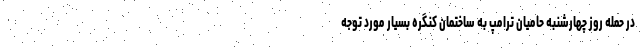
در حمله روز چهارشنبه حامیان ترامپ به ساختمان کنگره بسیار مورد توجه